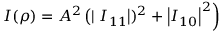
\left. I ( \rho ) = A ^ { 2 } \left( \mid I _ { 1 1 } \right| ) ^ { 2 } + \left| I _ { 1 0 } \right| ^ { 2 } \right)